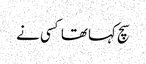
سچ کہا تھا کسی نے